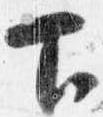
下